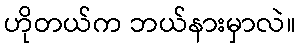
ဟိုတယ်က ဘယ်နားမှာလဲ။